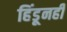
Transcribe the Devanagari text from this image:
हिंडूनही